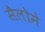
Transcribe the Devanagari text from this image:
सैलोमे